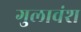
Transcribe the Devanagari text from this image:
गुलावंश